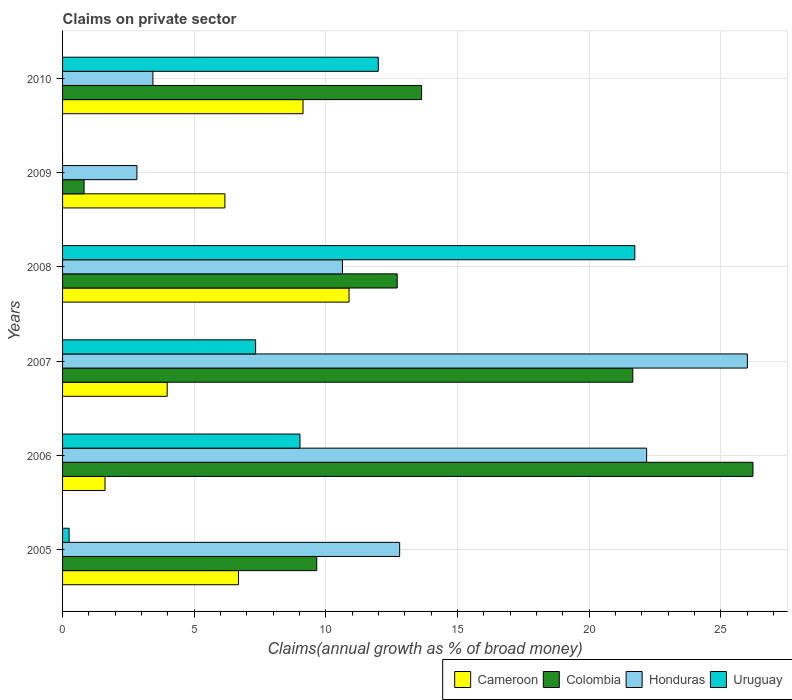
| Years | Cameroon | Colombia | Honduras | Uruguay |
 | --- | --- | --- | --- | --- |
 | 2005 | 6.68 | 9.66 | 12.8 | 0.249 |
 | 2006 | 1.61 | 26.2 | 22.2 | 9.02 |
 | 2007 | 3.97 | 21.7 | 26 | 7.33 |
 | 2008 | 10.9 | 12.7 | 10.6 | 21.7 |
 | 2009 | 6.17 | 0.817 | 2.82 | -10.6 |
 | 2010 | 9.13 | 13.6 | 3.43 | 12 |